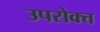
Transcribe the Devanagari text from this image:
उपरोक्त्त